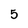
Character: 5